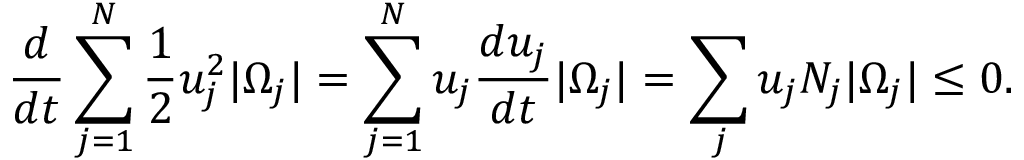
\frac { d } { d t } \sum _ { j = 1 } ^ { N } \frac { 1 } { 2 } u _ { j } ^ { 2 } | \Omega _ { j } | = \sum _ { j = 1 } ^ { N } u _ { j } \frac { d u _ { j } } { d t } | \Omega _ { j } | = \sum _ { j } u _ { j } N _ { j } | \Omega _ { j } | \le 0 .